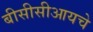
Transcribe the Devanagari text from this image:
बीसीसीआयचे